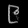
Digit: ၉